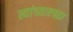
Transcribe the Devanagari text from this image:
त्यांच्याएवढा